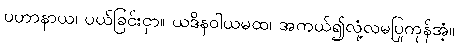
ပဟာနာယ၊ ပယ်ခြင်းငှာ။ ယဒိနဝါယမထ၊ အကယ်၍လုံ့လမပြုကုန်အံ့။